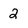
Character: 2